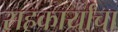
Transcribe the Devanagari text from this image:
सहकार्यांचा